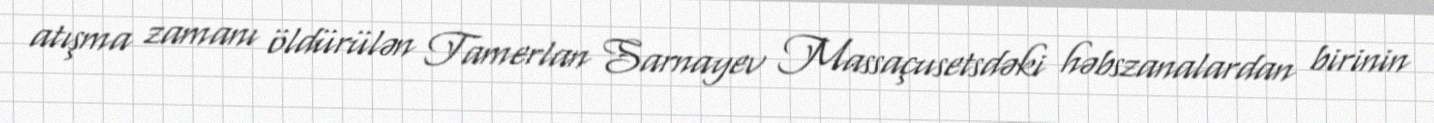
atışma zamanı öldürülən Tamerlan Sarnayev Massaçusetsdəki həbszanalardan birinin